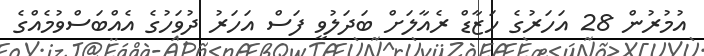
އުމުރުން 28 އަހަރުގެ ހަޒާޑް ރެއާލަށް ބަދަލުވީ ފަސް އަހަރު ދުވަހުގެ އެއްބަސްވުމެއްގެ